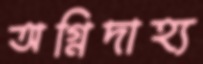
অগ্নিদাহ্য